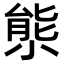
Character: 𡮙